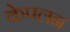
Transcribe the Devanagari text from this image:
केपलन